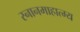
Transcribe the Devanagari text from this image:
स्नानमाहात्म्य